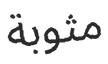
مثوبة